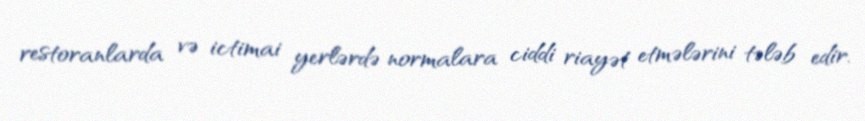
restoranlarda və ictimai yerlərdə normalara ciddi riayət etmələrini tələb edir.